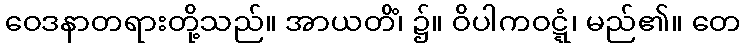
ဝေဒနာတရားတို့သည်။ အာယတိံ၊ ၌။ ဝိပါကဝဋ္ဋံ၊ မည်၏။ တေ